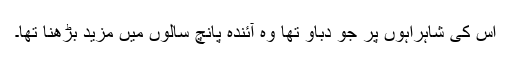
اس کی شاہراہوں پر جو دباؤ تھا وہ آئندہ پانچ سالوں میں مزید بڑھنا تھا۔